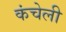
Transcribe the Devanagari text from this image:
कंचेली